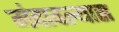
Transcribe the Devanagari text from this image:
मंदावल्यास